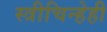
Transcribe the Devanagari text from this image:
स्त्रीचिन्हेही